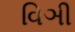
વિઞી